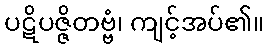
ပဋိပဇ္ဇိတဗ္ဗံ၊ ကျင့်အပ်၏။